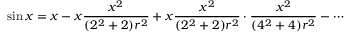
\sin x = x - x { \frac { x ^ { 2 } } { ( 2 ^ { 2 } + 2 ) r ^ { 2 } } } + x { \frac { x ^ { 2 } } { ( 2 ^ { 2 } + 2 ) r ^ { 2 } } } \cdot { \frac { x ^ { 2 } } { ( 4 ^ { 2 } + 4 ) r ^ { 2 } } } - \cdots